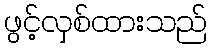
ဖွင့်လှစ်ထားသည်